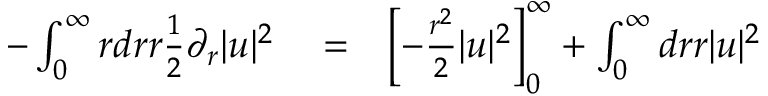
\begin{array} { r l r } { - \int _ { 0 } ^ { \infty } r d r r \frac { 1 } { 2 } \partial _ { r } | u | ^ { 2 } } & { { } = } & { \left[ - \frac { r ^ { 2 } } { 2 } | u | ^ { 2 } \right] _ { 0 } ^ { \infty } + \int _ { 0 } ^ { \infty } d r r | u | ^ { 2 } } \end{array}